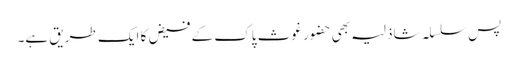
پس سلسلہ شاذلیہ بھی حضور غوث پاک کے فیض کا ایک طریق ہے۔